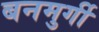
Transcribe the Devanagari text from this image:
बनमुर्गी